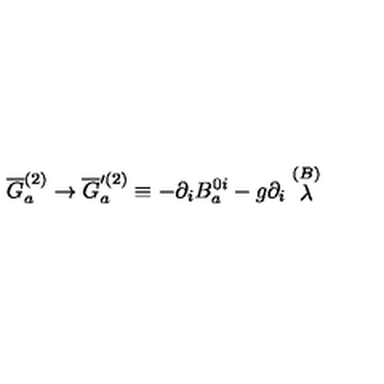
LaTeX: \overline { { G } } _ { a } ^ { ( 2 ) } \rightarrow \overline { { G } } _ { a } ^ { \prime ( 2 ) } \equiv - \partial _ { i } B _ { a } ^ { 0 i } - g \partial _ { i } \stackrel { ( B ) } { \lambda }